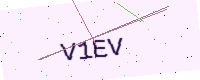
Text: V1EV